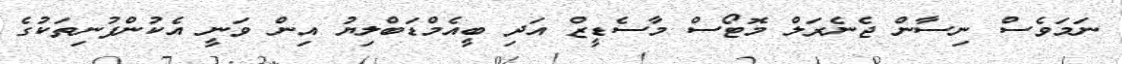
ނަމަވެސް ނިސާން ޖެނެރަލް މޮޓޯސް މާސެޑީޒް އަދި ބީއެމްޑަބްލިޔު އިން ވަނީ އެކުންފުނިތަކުގެ